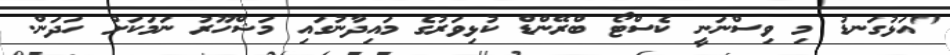
"އަޅުގަނޑު މި ވިސްނަނީ ކެސްޓޯ ބްރޭންޑް ކުޅިވަރުގެ މައިދާނުގައި މަޝްހޫރު ނަމަކަށް ހަދަން.